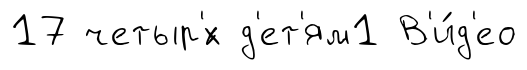
17 четыр'́х д'ет'ям1 В'и́д'ео